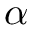
\alpha